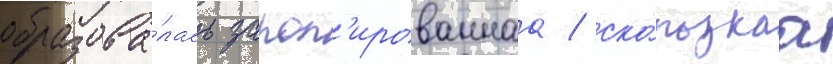
образова́лась запол'ированнаа / ско́льзкаа